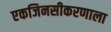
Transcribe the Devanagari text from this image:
एकजिनसीकरणाला